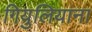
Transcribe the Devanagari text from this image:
गियुलियाना